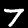
Digit: 7